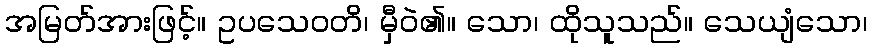
အမြတ်အားဖြင့်။ ဥပသေဝတိ၊ မှီဝဲ၏။ သော၊ ထိုသူသည်။ သေယျံသော၊